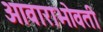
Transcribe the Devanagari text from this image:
आवाराभोवती